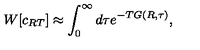
W [ c _ { R T } ] \approx \int _ { 0 } ^ { \infty } d \tau e ^ { - T G ( R , \tau ) } ,